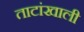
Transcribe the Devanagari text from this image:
ताटांखाली